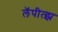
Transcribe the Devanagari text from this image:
लॅपीत्झ